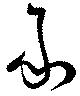
承